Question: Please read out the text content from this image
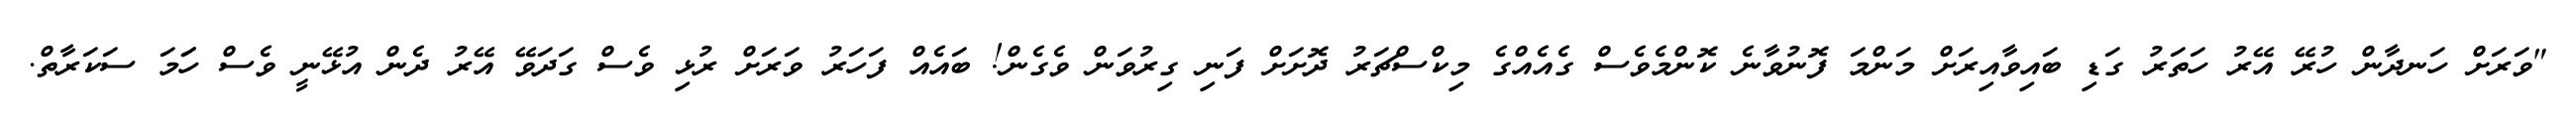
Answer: "ވަރަށް ހަނދާން ހުރޭ އޭރު ހަތަރު ގަޑި ބައިވާއިރަށް މަންމަ ފޮނުވާނެ ކޮންމެވެސް ގެއެއްގެ މިކްސްޗަރު ދޮށަށް ފަނި ގިރުވަން ވެގެން! ބައެއް ފަހަރު ވަރަށް ރުޅި ވެސް ގަދަވޭ އޭރު ދެން އުޅޭނީ ވެސް ހަަމަ ސަކަރާތް.